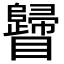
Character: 𥍁